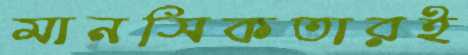
মানসিকতারই